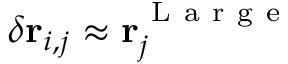
\delta \mathbf { r } _ { i , j } \approx \mathbf { r } _ { j } ^ { \mathrm { ~ L ~ a ~ r ~ g ~ e ~ } }